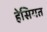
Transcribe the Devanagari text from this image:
हेसियत